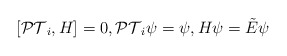
\begin{align*}[\mathcal{PT}_i ,H]=0,\mathcal{PT}_i \psi=\psi,H\psi=\tilde{E}\psi\end{align*}